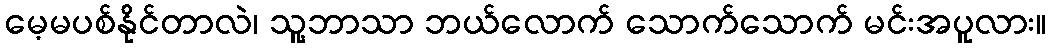
မေ့မပစ်နိုင်တာလဲ၊ သူ့ဘာသာ ဘယ်လောက် သောက်သောက် မင်းအပူလား။